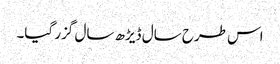
اس طرح سال ڈیڑھ سال گزر گیا۔